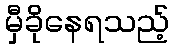
မှီခိုနေရသည့်